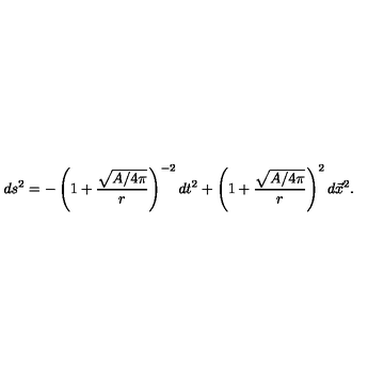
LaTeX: d s ^ { 2 } = - \left( 1 + { \frac { \sqrt { A / 4 \pi } } { r } } \right) ^ { - 2 } d t ^ { 2 } + \left( 1 + { \frac { \sqrt { A / 4 \pi } } { r } } \right) ^ { 2 } d \vec { x } ^ { 2 } .